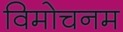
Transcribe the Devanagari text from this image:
विमोचनम